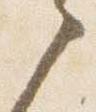
之